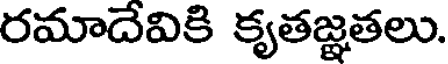
రమాదేవికి కృతజ్ఞతలు.